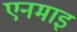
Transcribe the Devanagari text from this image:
एनमाइ